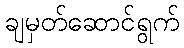
ချမှတ်ဆောင်ရွက်